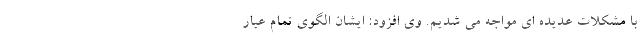
با مشکلات عدیده ای مواجه می شدیم. وی افزود: ایشان الگوی تمام عیار